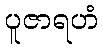
ပူဇာရဟံ